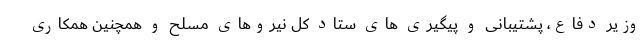
وزیر دفاع، پشتیبانی و پیگیری های ستاد کل نیروهای مسلح و همچنین همکاری